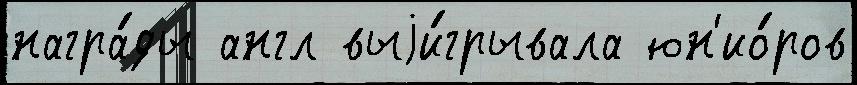
награ́ды англ выjи́грывала юн'ио́ров